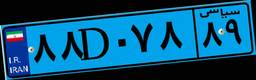
۸۸D۰۷۸۸۹